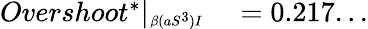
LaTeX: \begin{array}{rl}{Overshoot^{*}|_{\substack{_{\beta(aS^{3})I}}}}&{{}=0.217...}\end{array}